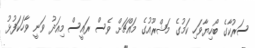
ސަރުކާގެ ބޯހިޔާވަހި ކަމުގެ މަޝްރޫއުގެ މައްޗަށް ވެސް ރައީސް މިއަދު ވަނީ ވާހަކަފުޅު